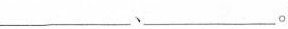
___、___。d。从试管②中分离出乙酸乙酯的实验操作是_________。